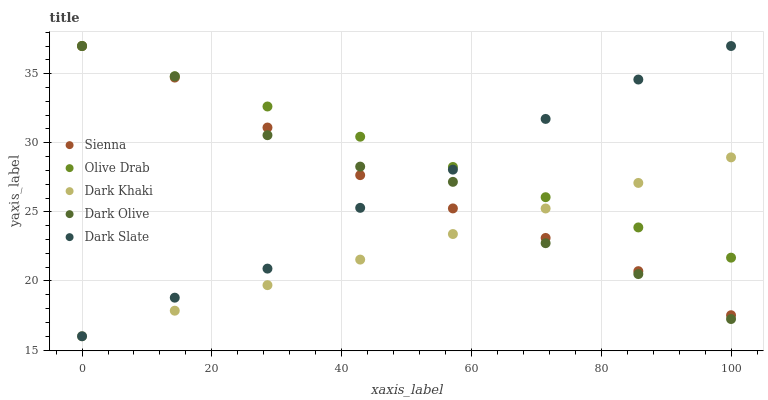
| xaxis_label | Sienna | Olive Drab | Dark Khaki | Dark Olive | Dark Slate |
 | --- | --- | --- | --- | --- | --- |
 | 0 | 37 | 37 | 16 | 37 | 16 |
 | 14.3 | 34.7 | 34.8 | 17.8 | 34.8 | 18.8 |
 | 28.6 | 31.1 | 32.6 | 19.7 | 30.5 | 20.9 |
 | 42.9 | 27.7 | 30.4 | 21.5 | 28.3 | 25.3 |
 | 57.1 | 25.2 | 28.2 | 23.4 | 27.2 | 28.1 |
 | 71.4 | 23.1 | 26.1 | 25.2 | 22.7 | 31.7 |
 | 85.7 | 20.7 | 23.9 | 27.1 | 20.5 | 34.6 |
 | 100 | 17.5 | 21.7 | 28.9 | 17.2 | 37 |